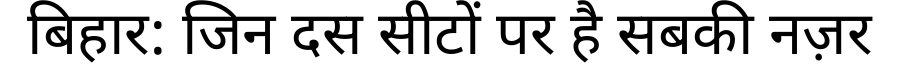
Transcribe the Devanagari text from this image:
बिहार: जिन दस सीटों पर है सबकी नज़र